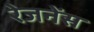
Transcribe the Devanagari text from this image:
रेजनेंस